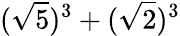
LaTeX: (\sqrt{5})^{3}+(\sqrt{2})^{3}